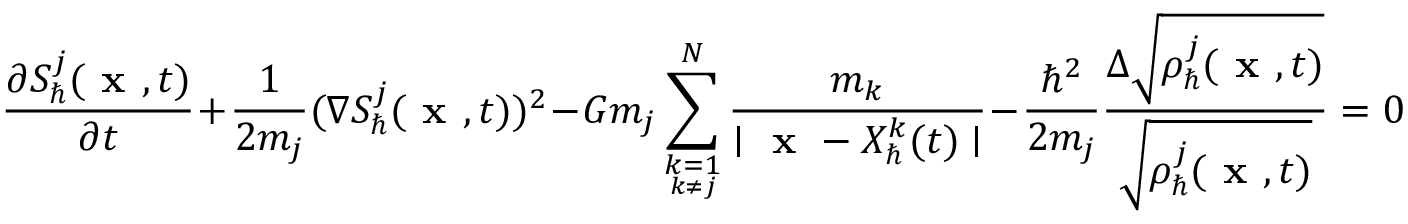
\frac { \partial S _ { \hbar } ^ { j } ( \textbf { x } , t ) } { \partial t } + \frac { 1 } { 2 m _ { j } } ( \nabla S _ { \hbar } ^ { j } ( \textbf { x } , t ) ) ^ { 2 } - G m _ { j } \sum _ { \underset { k \neq j } { k = 1 } } ^ { N } \frac { m _ { k } } { \mid \textbf { x } - X _ { \hbar } ^ { k } ( t ) \mid } - \frac { \hbar ^ { 2 } } { 2 m _ { j } } \frac { \Delta \sqrt { \rho _ { \hbar } ^ { j } ( \textbf { x } , t ) } } { \sqrt { \rho _ { \hbar } ^ { j } ( \textbf { x } , t ) } } = 0